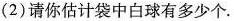
(2)请你估计袋中白球有多少个。